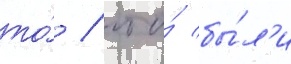
то́ / что́ бы́л'и